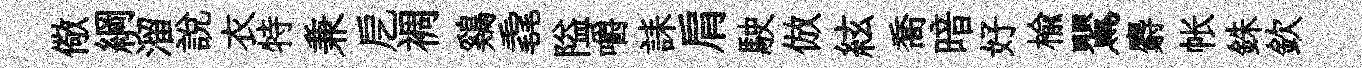
儆綱溜説衣特兼戹裯鷄毳隘嚼誄肩駛倣絃喬暗好榆鸎麝帐銖欽